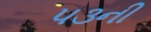
૫૩ની